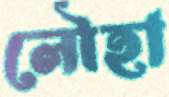
লৌহা